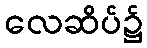
လေဆိပ်၌